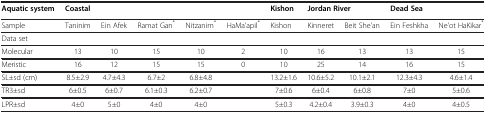
| Aquatic system | <COLSPAN=5> Coastal | Kishon | <COLSPAN=2> Jordan River | <COLSPAN=2> Dead Sea |
 | --- | --- | --- | --- | --- | --- | --- | --- | --- | --- | --- |
 | Sample | Taninim | Ein Afek | Ramat Gan* | Nitzanim* | HaMa'apil* | Kishon | Kinneret | Beit She'an | Ein Feshkha | Ne'ot HaKikar* |
 | Data set |  |  |  |  |  |  |  |  |  |  |
 | Molecular | 13 | 10 | 15 | 10 | 2 | 10 | 16 | 13 | 13 | 15 |
 | Meristic | 16 | 12 | 15 | 15 | 0 | 10 | 25 | 14 | 16 | 15 |
 | SL±sd (cm) | 8.5±2.9 | 4.7±4.3 | 6.7±2 | 6.8±4.8 |  | 13.2±1.6 | 10.6±5.2 | 10.1±2.1 | 12.3±4.3 | 4.6±1.4 |
 | TR3±sd | 6±0.5 | 6±0.7 | 6.1±0.3 | 6.2±0.7 |  | 7±0.6 | 6±0.4 | 6±0.8 | 7±0 | 5±0.6 |
 | LPR±sd | 4±0 | 5±0 | 4±0 | 4±0 |  | 5±0.3 | 4.2±0.4 | 3.9±0.3 | 4±0 | 4±0.5 |